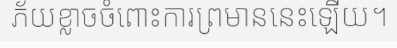
ភ័យខ្លាចចំពោះការព្រមាននេះឡើយ។